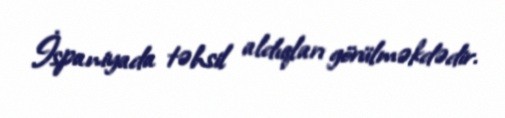
İspaniyada təhsil aldıqları görülməkdədir.